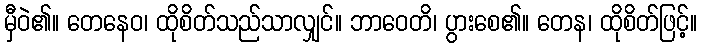
မှီဝဲ၏။ တေနေဝ၊ ထိုစိတ်သည်သာလျှင်။ ဘာဝေတိ၊ ပွားစေ၏။ တေန၊ ထိုစိတ်ဖြင့်။